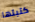
كتبتها